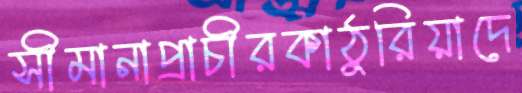
সীমানাপ্রাচীরকাঠুরিয়াদে